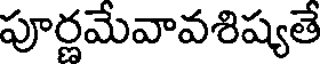
పూర్ణమేవావశిష్యతే